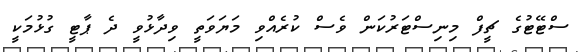
ސްޓޭޓުގެ ޗީފް މިނިސްޓަރުކަން ވެސް ކުރެއްވި މަޔަވަތީ ވިދާޅުވީ ދެ ޕާޓީ ގުޅުމަކީ